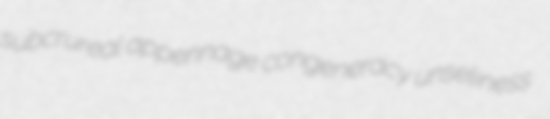
subcrureal appennage congeneracy unseliness